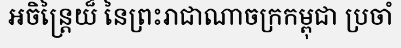
អចិន្ត្រៃយ៏ នៃព្រះរាជាណាចក្រកម្ពុជា ប្រចាំ